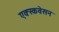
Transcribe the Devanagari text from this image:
एक्स्कवेसन